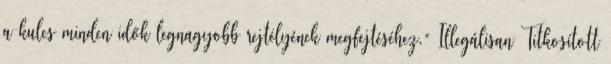
a kulcs minden idők legnagyobb rejtélyének megfejtéséhez.” Illegálisan Titkosított